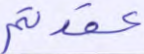
عقدتم